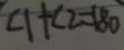
\angle 1 + \angle 2 = 1 8 0 ^ { \circ }